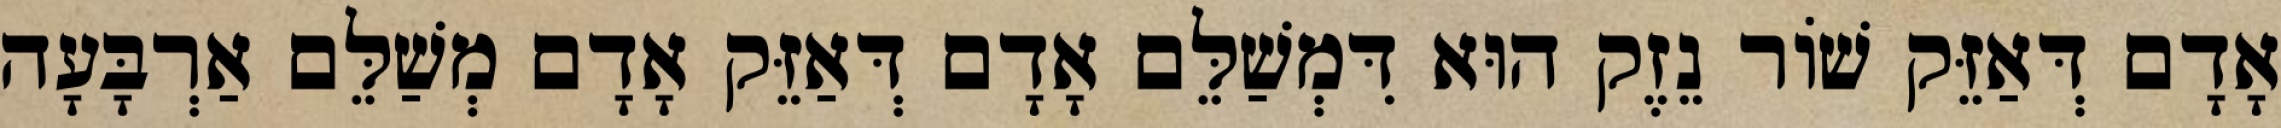
אָדָם דְּאַזֵּק שׁוֹר נֵזֶק הוּא דִּמְשַׁלֵּם אָדָם דְּאַזֵּק אָדָם מְשַׁלֵּם אַרְבָּעָה